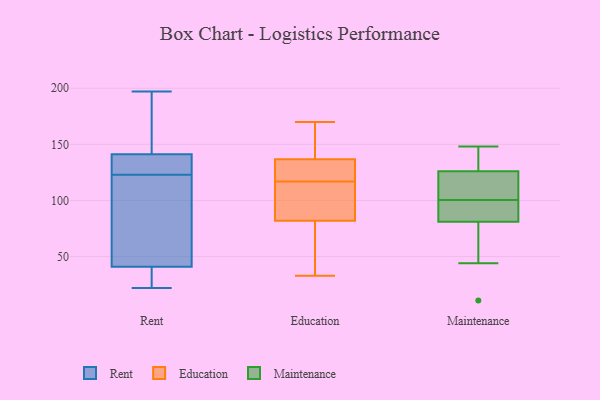
{"axis": {"x": "Page Views", "y": "Value"}, "legend": ["Education", "Maintenance", "Rent"], "data": [{"x": "", "y": 41, "type": "Rent"}, {"x": "", "y": 189, "type": "Rent"}, {"x": "", "y": 123, "type": "Rent"}, {"x": "", "y": 89, "type": "Rent"}, {"x": "", "y": 126, "type": "Rent"}, {"x": "", "y": 127, "type": "Rent"}, {"x": "", "y": 41, "type": "Rent"}, {"x": "", "y": 28, "type": "Rent"}, {"x": "", "y": 57, "type": "Rent"}, {"x": "", "y": 22, "type": "Rent"}, {"x": "", "y": 131, "type": "Rent"}, {"x": "", "y": 197, "type": "Rent"}, {"x": "", "y": 172, "type": "Rent"}, {"x": "", "y": 36, "type": "Education"}, {"x": "", "y": 123, "type": "Education"}, {"x": "", "y": 141, "type": "Education"}, {"x": "", "y": 72, "type": "Education"}, {"x": "", "y": 117, "type": "Education"}, {"x": "", "y": 170, "type": "Education"}, {"x": "", "y": 124, "type": "Education"}, {"x": "", "y": 170, "type": "Education"}, {"x": "", "y": 115, "type": "Education"}, {"x": "", "y": 33, "type": "Education"}, {"x": "", "y": 112, "type": "Education"}, {"x": "", "y": 120, "type": "Maintenance"}, {"x": "", "y": 44, "type": "Maintenance"}, {"x": "", "y": 136, "type": "Maintenance"}, {"x": "", "y": 11, "type": "Maintenance"}, {"x": "", "y": 100, "type": "Maintenance"}, {"x": "", "y": 81, "type": "Maintenance"}, {"x": "", "y": 90, "type": "Maintenance"}, {"x": "", "y": 126, "type": "Maintenance"}, {"x": "", "y": 101, "type": "Maintenance"}, {"x": "", "y": 148, "type": "Maintenance"}]}